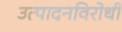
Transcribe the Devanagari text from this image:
उत्पादनविरोधी